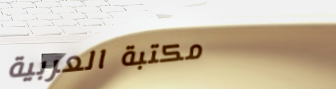
مكتبة العربية